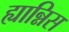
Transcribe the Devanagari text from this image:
ह्यान्निस